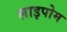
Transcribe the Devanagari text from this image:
लाइपोम